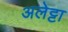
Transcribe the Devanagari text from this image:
अलेट्टा